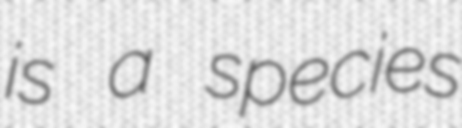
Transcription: is a species